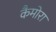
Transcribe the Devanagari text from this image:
कैमोरा